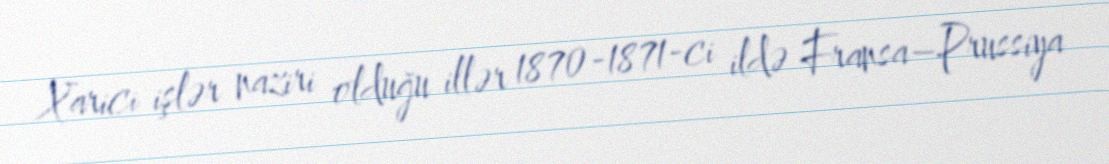
Xarici işlər naziri olduğu illər 1870-1871-ci ildə Fransa–Prussiya